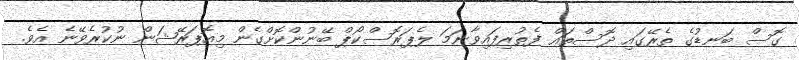
ގޮސް ބަނޑުގެ ތެރޭގައި ދޮސްތައް ފެތުރިފައިވާނަމަ ލެޕަރޮސްކޯޕް ބޭނުންކޮށްގެން މިއޮޕަރޭޝަން ނުކުރެވޭނެ އެވެ.